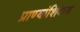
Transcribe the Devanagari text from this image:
प्राण्यांशिवाय